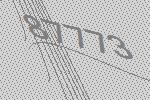
87773